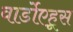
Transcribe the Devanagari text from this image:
वार्डोएहूस